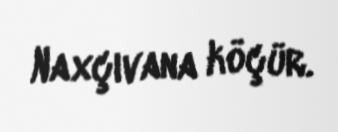
Naxçıvana köçür.